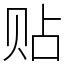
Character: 贴